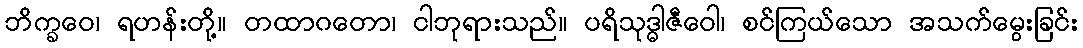
ဘိက္ခဝေ၊ ရဟန်းတို့။ တထာဂတော၊ ငါဘုရားသည်။ ပရိသုဒ္ဓါဇီဝေါ၊ စင်ကြယ်သော အသက်မွေးခြင်း